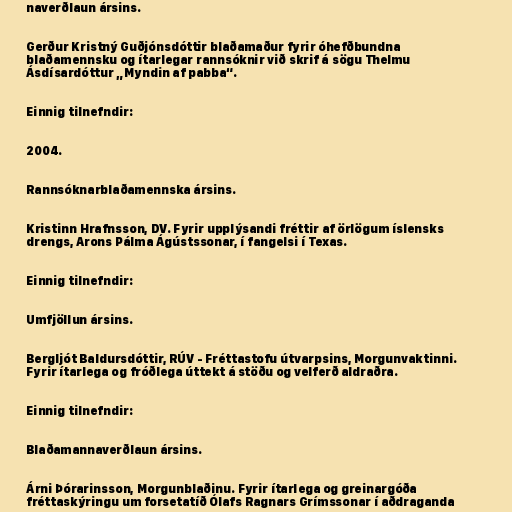
naverðlaun ársins.

Gerður Kristný Guðjónsdóttir blaðamaður fyrir óhefðbundna
blaðamennsku og ítarlegar rannsóknir við skrif á sögu Thelmu
Ásdísardóttur „Myndin af pabba“.

Einnig tilnefndir:

2004.

Rannsóknarblaðamennska ársins.

Kristinn Hrafnsson, DV. Fyrir upplýsandi fréttir af örlögum íslensks
drengs, Arons Pálma Ágústssonar, í fangelsi í Texas.

Einnig tilnefndir:

Umfjöllun ársins.

Bergljót Baldursdóttir, RÚV - Fréttastofu útvarpsins, Morgunvaktinni.
Fyrir ítarlega og fróðlega úttekt á stöðu og velferð aldraðra.

Einnig tilnefndir:

Blaðamannaverðlaun ársins.

Árni Þórarinsson, Morgunblaðinu. Fyrir ítarlega og greinargóða
fréttaskýringu um forsetatíð Ólafs Ragnars Grímssonar í aðdraganda